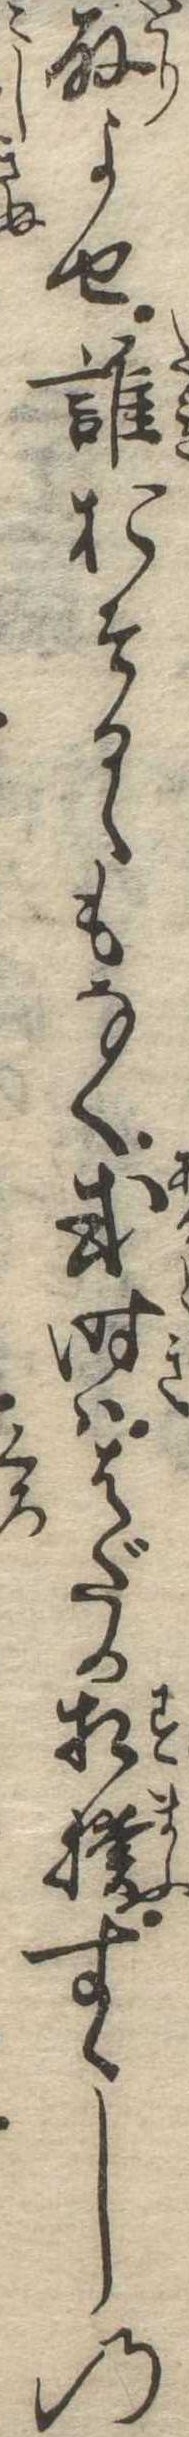
取よせ誰おそるゝもなく或時ははだか相撲すゞしの